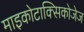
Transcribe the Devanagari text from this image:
माइकोटाक्सिकोजेज